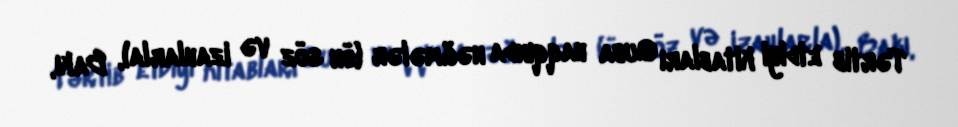
Tərtib etdiyi kitabları Quba haqqında nəğmələr (ön söz və izahlarla), Bakı,